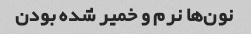
نون‌ها نرم و خمیر شده بودن